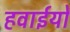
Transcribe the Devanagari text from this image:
हवाईयों